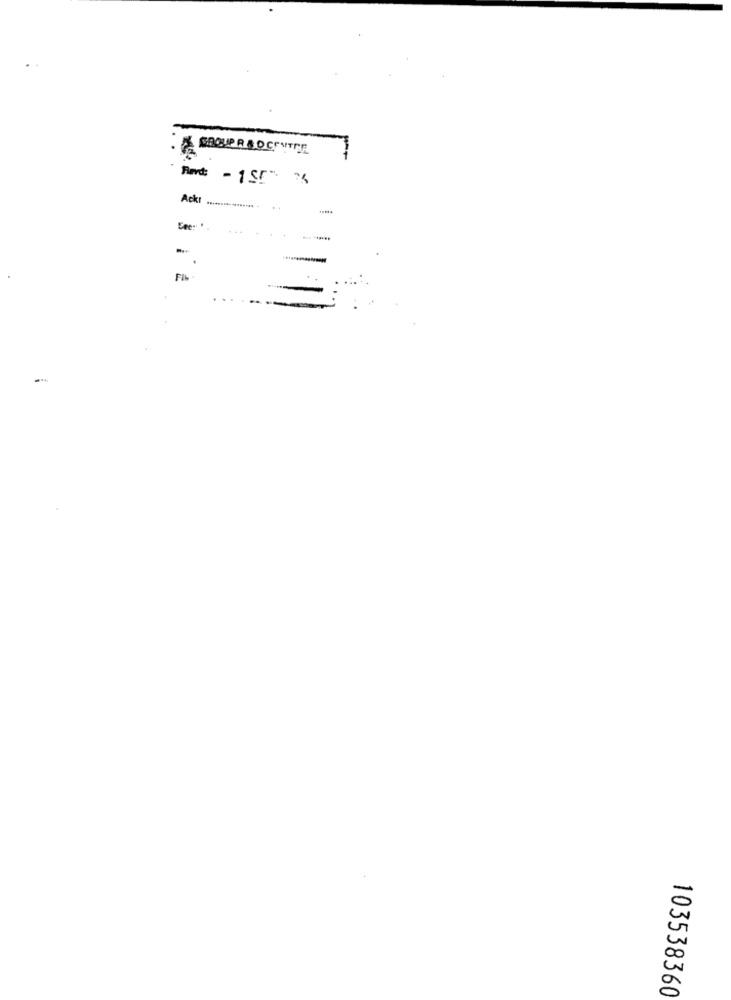
BROUPREDCPVITTE
Amt: - 155 6
Ackt ................ ..
Eee: '.
-
FI
103538360